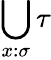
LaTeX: \bigcup_{x:\sigma}\tau